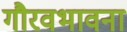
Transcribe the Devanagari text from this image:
गौरवभावना